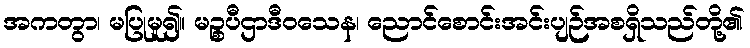
အကတွာ၊ မပြုမူ၍။ မဉ္စပီဌာဒီဝသေန၊ ညောင်စောင်းအင်းပျဉ်အစရှိသည်တို့၏